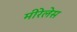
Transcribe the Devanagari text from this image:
मीरेलेस